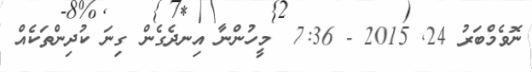
ނޮވެމްބަރު 24